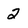
Character: 2